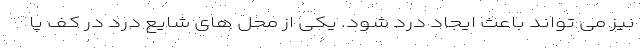
نیز می تواند باعث ایجاد درد شود. یکی از محل های شایع درد در کف پا